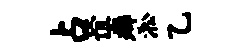
占谊癖淞乙